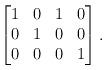
LaTeX: \begin{align*}\begin{bmatrix}1 & 0 & 1 & 0 \\0 & 1 & 0 & 0 \\0 & 0 & 0 & 1\end{bmatrix}.\end{align*}